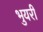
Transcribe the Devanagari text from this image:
भुयरी